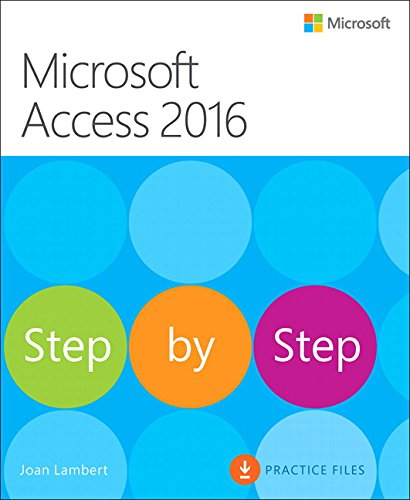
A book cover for Microsoft Access 2016 Step by Step; Joan Lambert; Computers & Technology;